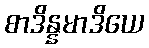
စာဒိန္နမာဒိယေ